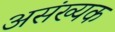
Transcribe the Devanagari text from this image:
असंख्यक